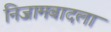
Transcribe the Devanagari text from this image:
निजामबादला